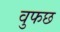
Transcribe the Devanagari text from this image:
वुफछ